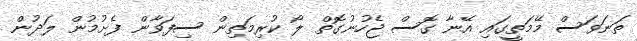
ތަނަވަސް މޭމަތީގައި އޭނާ ގޮސް ޖެހުނުގޮތް ލޯ ކުރިމަތިން ސިފަވާން ފެށުމުން ލަދުން